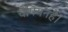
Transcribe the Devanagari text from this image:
चैंपियनहै।